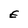
Character: E